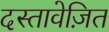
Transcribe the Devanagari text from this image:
दस्तावेज़ित